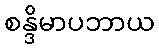
စန္ဒိမာပဘာယ